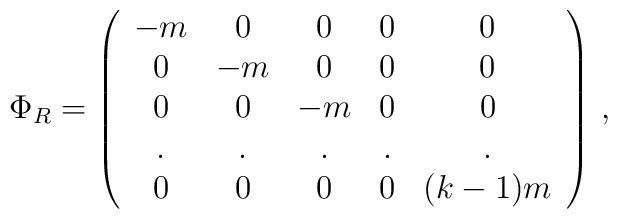
\Phi_R = \left( \begin{array}{ccccc}-m& 0 & 0 & 0 & 0 \nonumber \\0 &-m & 0 & 0 & 0 \nonumber \\0 & 0 & -m & 0 & 0 \nonumber \\.  & . & . & . & . \nonumber \\0 & 0 & 0 & 0 & (k-1) m \end{array} \right) \, ,